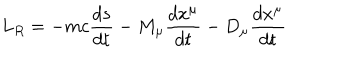
L _ { R } = - m c { \frac { d s } { d t } } - M _ { \mu } { \frac { d x ^ { \mu } } { d t } } - D _ { \mu } { \frac { d x ^ { \mu } } { d t } }